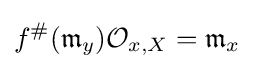
f^{\#}({\mathfrak {m}}_{y}){\mathcal {O}}_{x,X}={\mathfrak {m}}_{x}